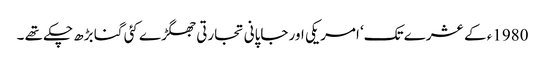
1980ء کے عشرے تک‘ امریکی اور جاپانی تجارتی جھگڑے کئی گنا بڑھ چکے تھے ۔